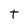
Character: T